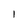
Character: 1